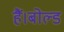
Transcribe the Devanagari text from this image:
हैं।बोल्ड